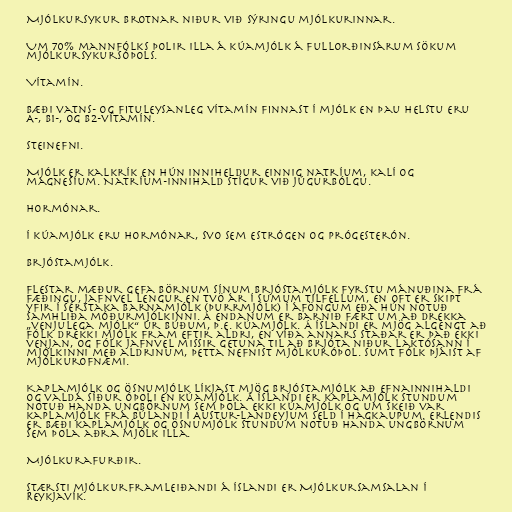
Mjólkursykur brotnar niður við sýringu mjólkurinnar.

Um 70% mannfólks þolir illa á kúamjólk á fullorðinsárum sökum
mjólkursykursóþols.

Vítamín.

Bæði vatns- og fituleysanleg vítamín finnast í mjólk en þau helstu eru
A-, B1-, og B2-vítamín.

Steinefni.

Mjólk er kalkrík en hún inniheldur einnig natríum, kalí og
magnesíum. Natríum-innihald stígur við júgurbólgu.

Hormónar.

Í kúamjólk eru hormónar, svo sem estrógen og prógesterón.

Brjóstamjólk.

Flestar mæður gefa börnum sínum brjóstamjólk fyrstu mánuðina frá
fæðingu, jafnvel lengur en tvö ár í sumum tilfellum, en oft er skipt
yfir í sérstaka barnamjólk (þurrmjólk) í áföngum eða hún notuð
samhliða móðurmjólkinni. Á endanum er barnið fært um að drekka
„venjulega mjólk“ úr búðum, þ.e. kúamjólk. Á Íslandi er mjög algengt að
fólk drekki mjólk fram eftir aldri, en víða annars staðar er það ekki
venjan, og fólk jafnvel missir getuna til að brjóta niður laktósann í
mjólkinni með aldrinum, þetta nefnist mjólkuróþol. Sumt fólk þjáist af
mjólkurofnæmi.

Kaplamjólk og ösnumjólk líkjast mjög brjóstamjólk að efnainnihaldi
og valda síður óþoli en kúamjólk. Á Íslandi er kaplamjólk stundum
notuð handa ungbörnum sem þola ekki kúamjólk og um skeið var
kaplamjólk frá Búlandi í Austur-Landeyjum seld í Hagkaupum. Erlendis
er bæði kaplamjólk og ösnumjólk stundum notuð handa ungbörnum
sem þola aðra mjólk illa.

Mjólkurafurðir.

Stærsti mjólkurframleiðandi á Íslandi er Mjólkursamsalan í
Reykjavík.